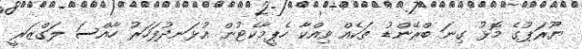
ޔޫރަޕުގެ މޮޅު ގިނަ ބްރޭންޑު ތަކެއް ވިއްކާ ހެޕީމާކެޓުން އުޅަނދުފަހަރު ހާއްސަ ލަގްޒަރީ